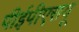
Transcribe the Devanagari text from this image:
पीईपीएसयू